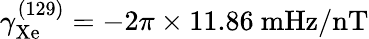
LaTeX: \gamma_{\mathrm{Xe}}^{(129)}=-2\pi\times 11.86~\mathrm{mHz/nT}